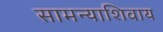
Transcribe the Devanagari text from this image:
सामन्याशिवाय